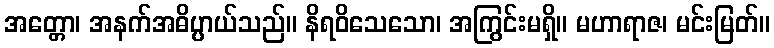
အတ္တော၊ အနက်အဓိပ္ပာယ်သည်။ နိရဝိသေသော၊ အကြွင်းမရှိ။ မဟာရာဇ၊ မင်းမြတ်။